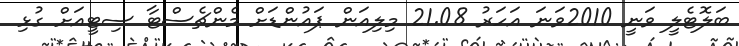
ބަލޮޓެލީ ވަނީ 2010ވަނަ އަހަރު 21.08 މިލިއަން ޕައުންޑަށް މެންޗެސްޓާ ސިޓީއަށް ގުޅި